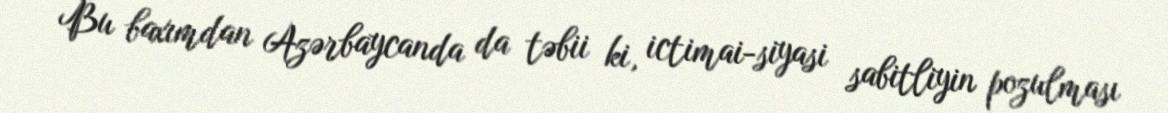
Bu baxımdan Azərbaycanda da təbii ki, ictimai-siyasi sabitliyin pozulması